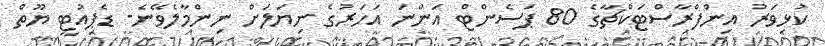
ކުޅިވަރު އިންފްރާސްޓަކްޗާގެ 80 ޕަސެންޓް އަންނަ އަހަރުގެ ނިޔަލަށް ނިންމާލެވޭނެ- ޑެޕިއުޓީ ޔޫތް